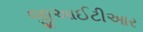
જીઆઈટીઆર